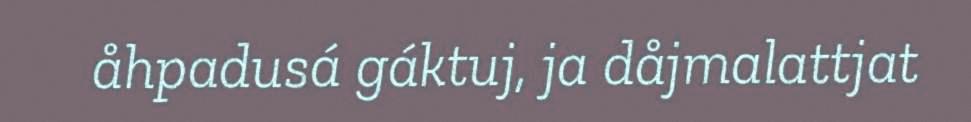
åhpadusá gáktuj, ja dåjmalattjat